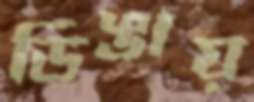
ডিঙায়